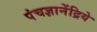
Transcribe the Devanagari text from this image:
पंचज्ञानेंद्रिये